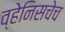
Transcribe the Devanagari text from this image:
व्हेनिसचेच